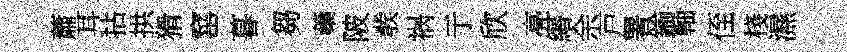
蕭耳拈拱猾窰暮芻蘃陂彂祸亍欣亮緡余戸署鍮軸侄棧濕